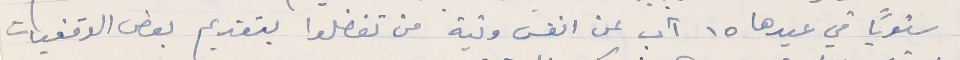
سنوياً في عيدها ١٥ آب عن انفس ونية من تفضلوا بتقديم بعض الوقفيات